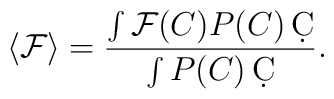
\langle\mathcal{F}\rangle=\frac{\int\mathcal{F}(C)P(C)\,\d C}{\int P(C)\,\d C}.